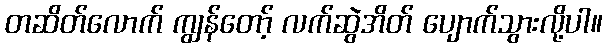
တဆိတ်လောက် ကျွန်တော့် လက်ဆွဲအိတ် ပျောက်သွားလို့ပါ။